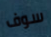
سوف